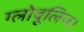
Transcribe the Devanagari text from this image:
ग्लोवूलिन।